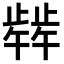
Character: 𬆋